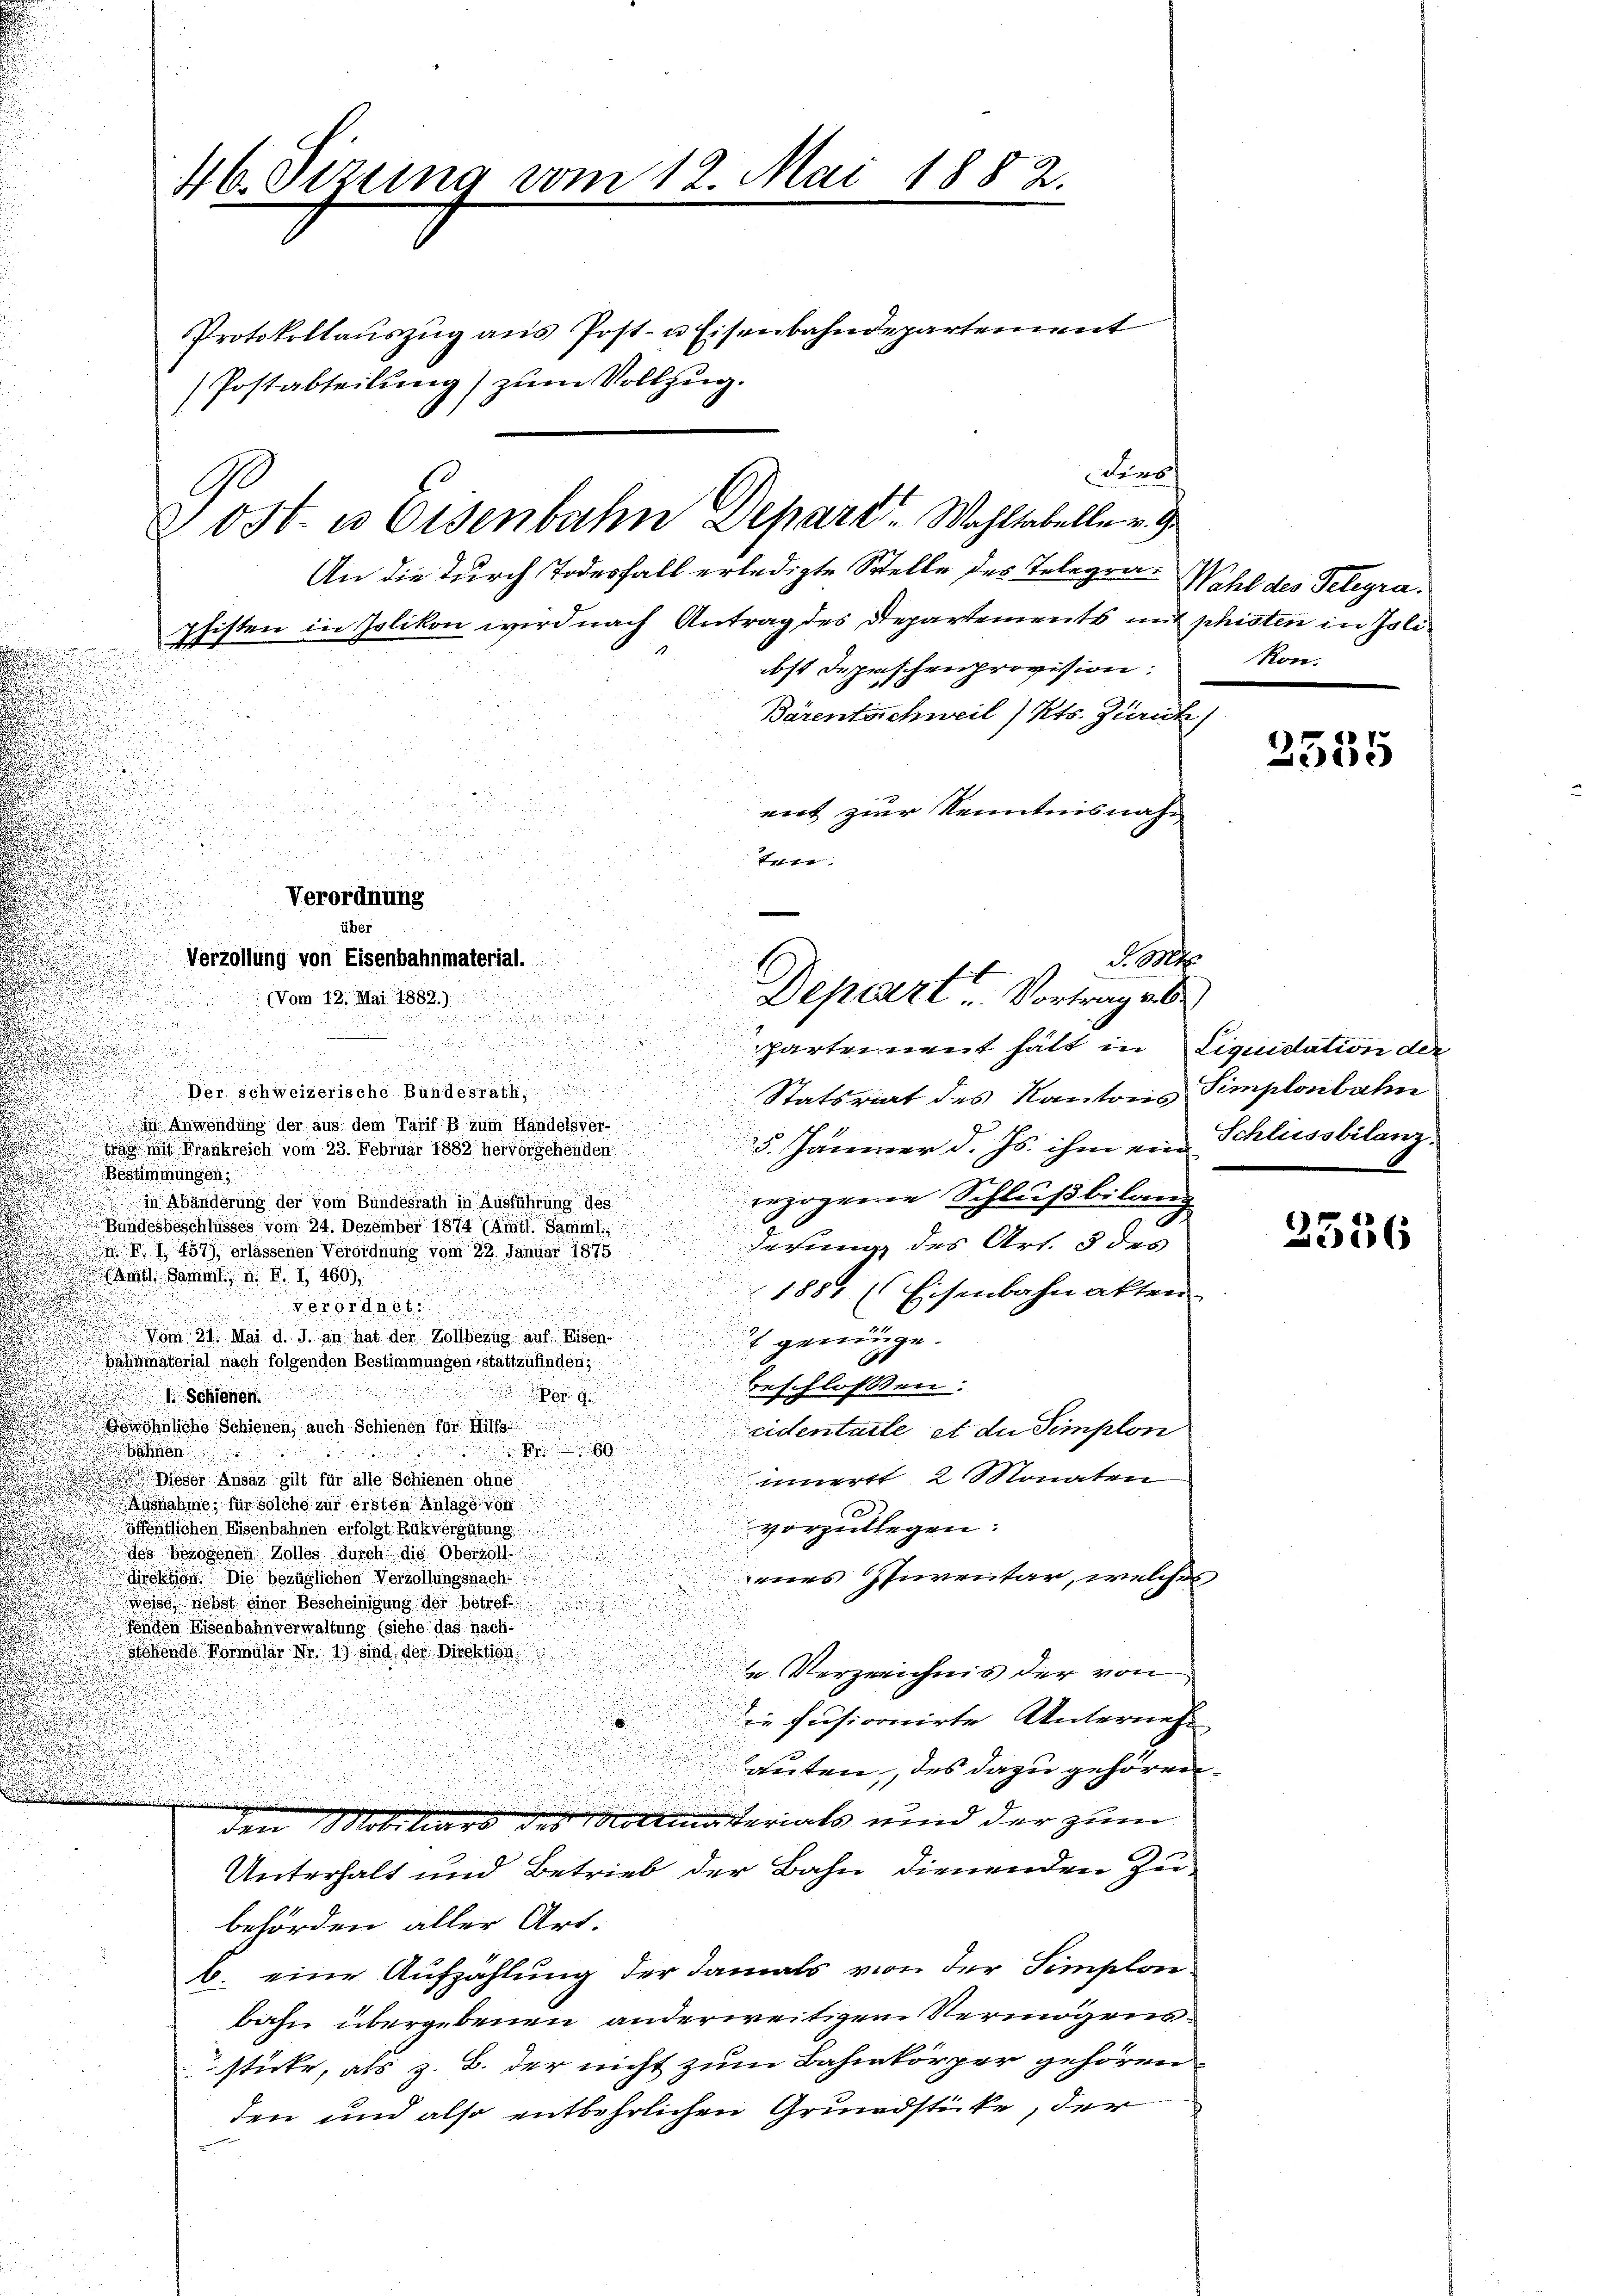
An die durch Todesfall erledigte Stelle des Telegra-Wahl des Telegraphisten in Polikon wird nach Antrag des Departements mit phisten in Poliost Depeschenprovision.
Bärentschweil) Kts. Zurück
ent zur Kenntnisnah¬
Veter
d
Verzollung von Eisenbahnmaterial.
No. 1
.
u

(Vom 12. Mai 1882.)

parteinent hält in
u
i

.
u
Der schweizerische Bundesrath, und de
Statsrat des Kantons
 Anwendung der aus dem Tarif p zum Handelsver-
5. Jänner d. Js. ihm ein Schliessbilanz¬
Wan mit Frankreich vom 23. Februar 1882 hervorgehenden
Bestimmungen;
.
erzogenen Schlußbilang
in Abänderung der vom Bundesrath in Ausführung des
Bundesbeschlüsses vom 24. Dezember 1874 (Amtl. Sammt
derung des Art. 5 des
m 4. 1457) erlassenen Verordnung vom 22. Januar 1875
md Samml., n. F. I 460),
1881 (Eisenbahnakten
verordnet:
Vom 21. Mai d. J. an hat der Zollbezug auf Eisen
 genüge.
Bahnmaterial nach folgenden Bestimmungen stattzufinden;
beschlossen:
g
 Schienen
Gewöhnliche Schienen, auch Schienen für Hilfs
eidentarle et du simplon
60
ähnen
innert 2 Monaten
Dieser Ansaz gilt für alle Schienen ohne
Ausnahme, für solche zur ersten Anlage von
vorzulegen.
öffentlichen Eisenbahnen erfolgt Rükvergütung
des bezogenen Zolles durch die Oberzoll
enes Inventar, welche
direktion. Die bezüglichen Verzöllungsnach.
eiss nebst einer Bescheinigung der betref
fenden Eisenbahnverwaltung (siehe das nach-
Bohende Normaler Nr 1) sind der Direktion
e Verzeichnis der von
die fusionirte Unterneh-
auten, des dazu gehören
den Mobiliars des Vollmaterials und der zum
Unterhalt und Betrieb der Bahn dienenden zubehörden aller Art.
b. eine Aufzählung der damals von der Simplon-
bahn übergebenen anderweitigem Vermögenssticke, als z. B. der nicht zum Bahnkörper gehören
den und also entbehrlichen Grundstücke, der

.

46. Sitzung vom 12. Mai 1882.

Ge

über

Forsch
0st. es Eisenbahn Schart. Wahltabelle v. Ge

Verordnung

Postabteilung) zum Vollzug.

Protokollaŭszŭg ans Post- u Eisenbahndepartement

Depart. Vortrag ab

kon.

2555

Liquidation der
Simplonbahn

2536